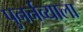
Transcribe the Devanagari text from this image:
पुनर्नव्याला